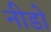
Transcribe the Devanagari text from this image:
नीडो